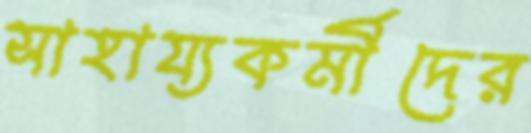
সাহায্যকর্মীদের